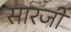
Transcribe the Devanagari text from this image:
सारजी